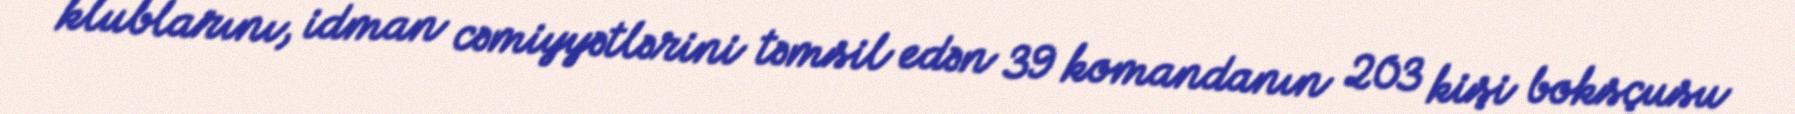
klublarını, idman cəmiyyətlərini təmsil edən 39 komandanın 203 kişi boksçusu